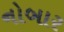
નોબાર